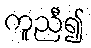
ကူညီ၍